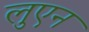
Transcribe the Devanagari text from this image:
लुएन